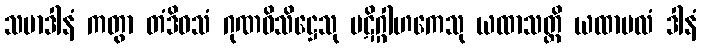
သမာဒါနံ ကတွာ တံဒိဝသံ ဂုဏဝိသိဋ္ဌေသု ပဋိဂ္ဂါဟကေသု ယထာသတ္တိ ယထာဗလံ ဒါနံ